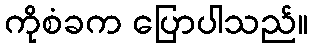
ကိုစံခက ပြောပါသည်။